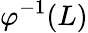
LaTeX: \varphi^{-1}(L)